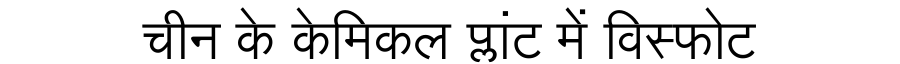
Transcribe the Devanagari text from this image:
चीन के केमिकल प्लांट में विस्फोट